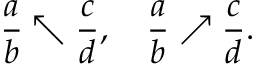
{ \frac { a } { b } } \nwarrow { \frac { c } { d } } , \quad { \frac { a } { b } } \nearrow { \frac { c } { d } } .